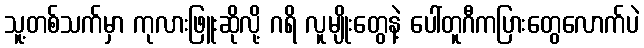
သူ့တစ်သက်မှာ ကုလားဖြူးဆိုလို့ ဂရိ လူမျိုးတွေနဲ့ ပေါ်တူဂီကပြားတွေလောက်ပဲ